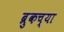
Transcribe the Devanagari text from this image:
ब्रुकच्या